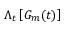
{ { \Lambda } _ { t } } \left[ { { G } _ { m } ( t ) } \right]